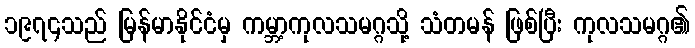
၁၉၇၄သည် မြန်မာနိုင်ငံမှ ကမ္ဘာ့ကုလသမဂ္ဂသို့ သံတမန် ဖြစ်ပြီး ကုလသမဂ္ဂ၏